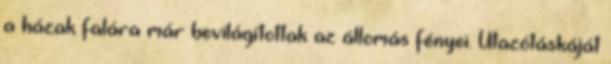
a házak falára már bevilágítottak az állomás fényei. Utazótáskáját